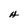
Character: H